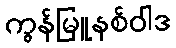
ကွန်မြူနစ်ဝါဒ